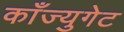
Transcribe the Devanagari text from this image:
काँज्युगेट